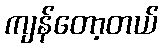
ကျန်တော့တယ်